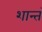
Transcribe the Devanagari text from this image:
शान्तं